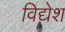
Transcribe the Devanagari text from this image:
विद्येश